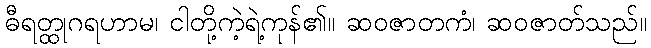
ဓီရတ္ထုဂရဟာမ၊ ငါတို့ကဲ့ရဲ့ကုန်၏။ ဆဝဇာတကံ၊ ဆဝဇာတ်သည်။